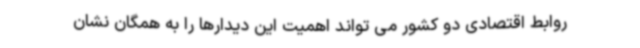
روابط اقتصادی دو کشور می تواند اهمیت این دیدارها را به همگان نشان